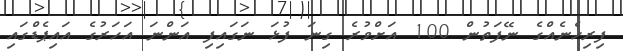
ފިރިހެނެއްގެ ނޭފަތުން 100 އަށްވުރެ ގިނަ ފުޅަ ނަގައިފި އަންނަ އަހަރުގެ އައިޕެޑްގައި